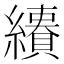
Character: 𦇅